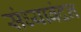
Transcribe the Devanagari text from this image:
संध्याबंदन